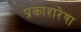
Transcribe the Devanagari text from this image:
प्रकाशरेषा